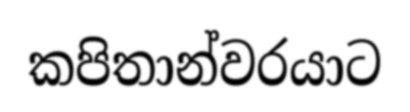
කපිතාන්වරයාට